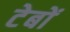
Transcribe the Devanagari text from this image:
टेबों